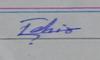
Signature authenticity: genuine